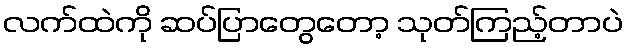
လက်ထဲကို ဆပ်ပြာတွေတော့ သုတ်ကြည့်တာပဲ